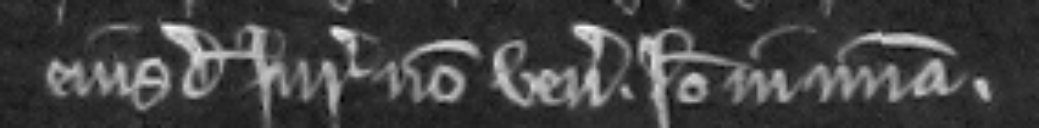
ejusdem jurate non veniunt. Ideo in misericordia.